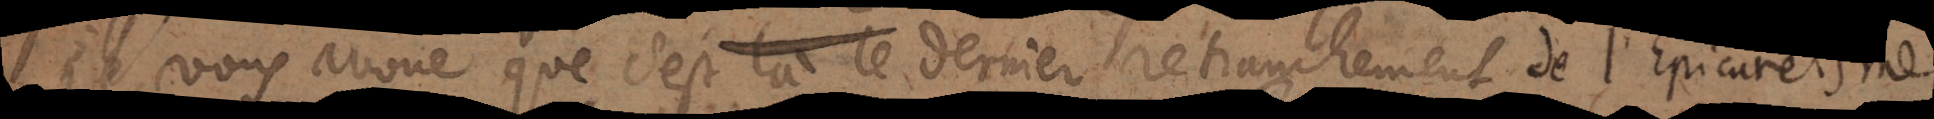
vous avoue que c’est là le dernier retranchement du libertinage